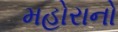
મહોરાનો